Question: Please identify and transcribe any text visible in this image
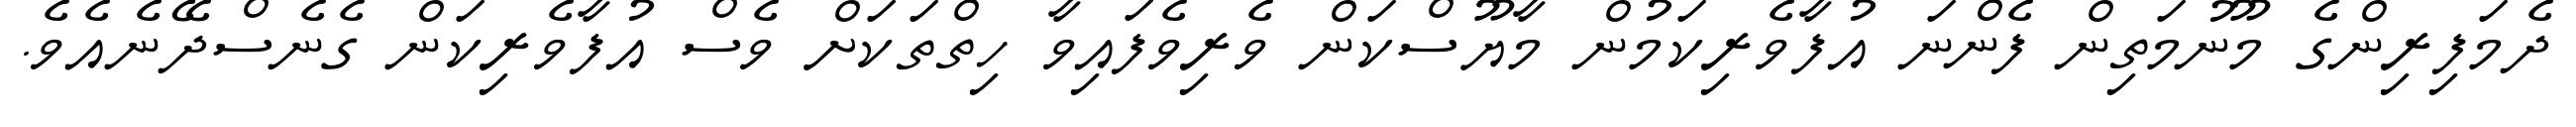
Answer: ދެމަފިރިންގެ މޫނުމަތިން ފެންނަ އުފާވެރިކަމުން މާޔޫސްކަން ވެރިވެފައިވާ ހިތްތަކަށް ވެސް އުފާވެރިކަން ގެނެސްދޭނެއެވެ.